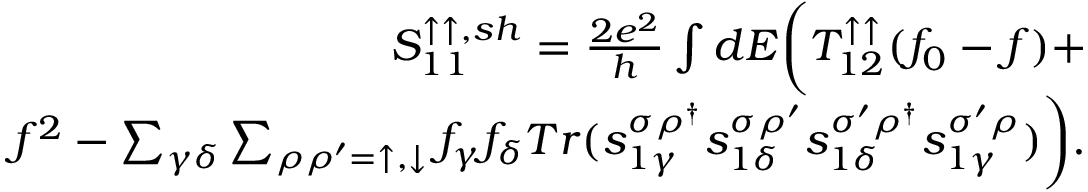
\begin{array} { r } { { S _ { 1 1 } ^ { \uparrow \uparrow , s h } } = \frac { 2 e ^ { 2 } } { h } \int d E \bigg ( T _ { 1 2 } ^ { \uparrow \uparrow } ( f _ { 0 } - f ) + } \\ { f ^ { 2 } - \sum _ { \gamma \delta } \sum _ { \rho \rho ^ { \prime } = \uparrow , \downarrow } f _ { \gamma } f _ { \delta } T r ( s _ { 1 \gamma } ^ { \sigma \rho ^ { \dagger } } s _ { 1 \delta } ^ { \sigma \rho ^ { \prime } } s _ { 1 \delta } ^ { \sigma ^ { \prime } \rho ^ { \dagger } } s _ { 1 \gamma } ^ { \sigma ^ { \prime } \rho } ) \bigg ) . } \end{array}